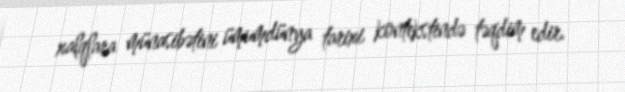
xalqlara münasibətini ümumdünya tarixi kontekstində təqdim edir.